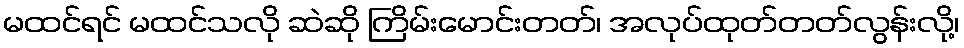
မထင်ရင် မထင်သလို ဆဲဆို ကြိမ်းမောင်းတတ်၊ အလုပ်ထုတ်တတ်လွန်းလို့၊